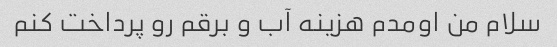
سلام من اومدم هزینه آب و برقم رو پرداخت کنم